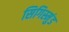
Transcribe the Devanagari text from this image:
सिगिस्मुंड